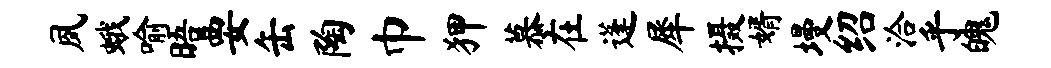
夙蛾喻晤要缶陶巾狎慕在蓬犀摄婿墁绍洽乎魄